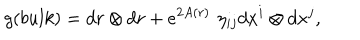
g ( b u l k ) = d r \otimes d r + e ^ { 2 A ( r ) } \, \, \eta _ { i j } d x ^ { i } \otimes d x ^ { j } ,